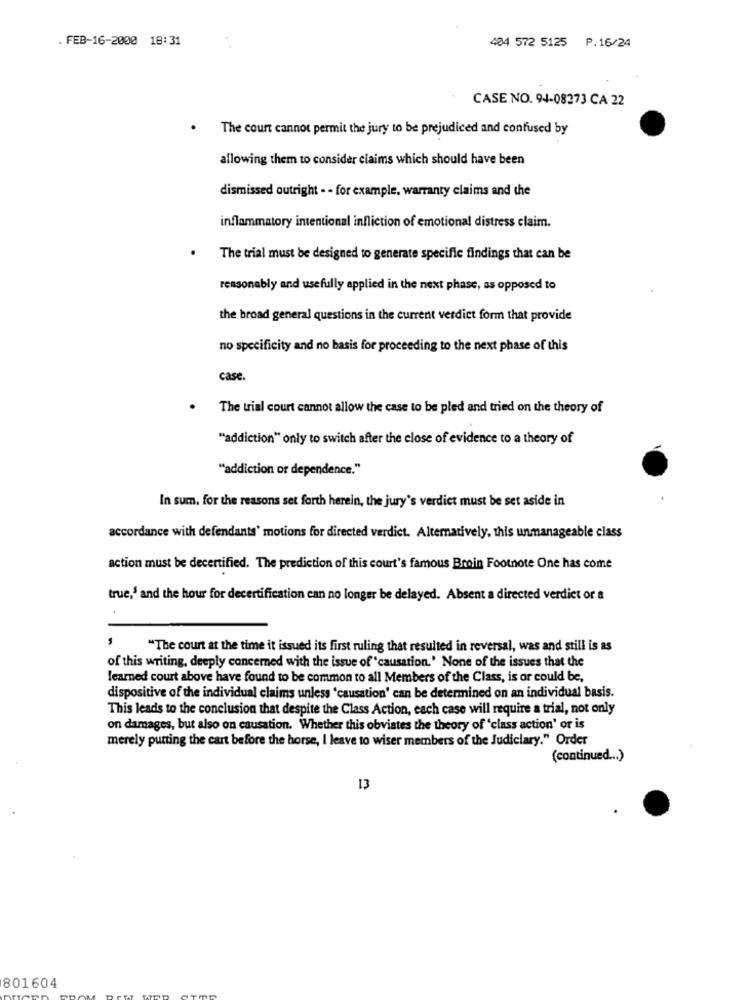
. FEB-16-2000 18:31
404 572 5125 P.16/24
CASE NO. 94-08273 CA 22
The court cannot permit the jury to be prejudiced and confused by
allowing them to consider claims which should have been
dismissed outright . . for example, warranty claims and the
inflammatory intentional infliction of emotional distress claim.
The trial must be designed to generate specific findings that can be
reasonably and usefully applied in the next phase, as opposed to
the broad general questions in the current verdict form that provide
no specificity and no basis for proceeding to the next phase of this
case
The trial court cannot allow the case to be pled and tried on the theory of
"addiction" only to switch after the close of evidence to a theory of
"addiction or dependence."
In sum, for the reasons set forth herein, the jury's verdict must be set aside in
accordance with defendants' motions for directed verdict. Alternatively, this unmanageable class
action must be decertified. The prediction of this court's famous Broin Footnote One has come
true,' and the hour for decertification can no longer be delayed. Absent a directed verdict or a
"The court at the time it issued its first ruling that resulted in reversal, was and still is as
of this writing, deeply concerned with the issue of "causation.' None of the issues that the
learned court above have found to be common to all Members of the Class, is or could be,
dispositive of the individual claims unless 'causation' can be determined on an individual basis.
This leads to the conclusion that despite the Class Action, each case will require a trial, not only
on damages, but also on causation. Whether this obviates the theory of 'class action' or is
merely putting the cart before the horse, I leave to wiser members of the Judiciary." Order
(continued ... )
13
801604